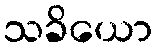
သခိယော